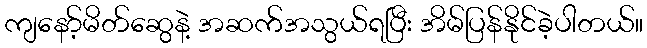
ကျနော့်မိတ်ဆွေနဲ့ အဆက်အသွယ်ရပြီး အိမ်ပြန်နိုင်ခဲ့ပါတယ်။